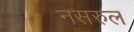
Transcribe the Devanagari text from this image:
नसरुल